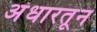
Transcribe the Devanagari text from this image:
अंधारतून